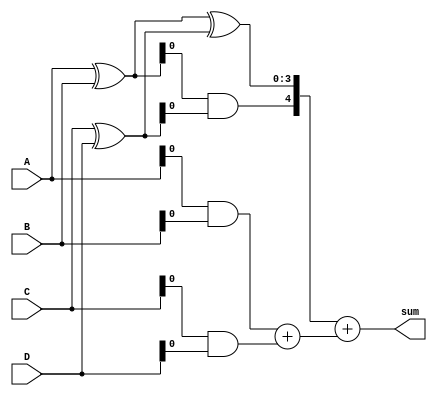
module carry_save_adder_tree (
    input  [3:0] A,  // 4-bit input A
    input  [3:0] B,  // 4-bit input B
    input  [3:0] C,  // 4-bit input C
    input  [3:0] D,  // 4-bit input D
    output [4:0] sum  // 5-bit output sum (to accommodate possible carry)
);

// Carry Save Adder for two 4-bit numbers
function [4:0] carry_save_adder;
    input [3:0] x;
    input [3:0] y;
    reg [3:0] s;
    reg [3:0] c;
    begin
        s = x ^ y; // Sum using XOR
        c = x & y; // Carry using AND
        carry_save_adder = {c, s}; // Return as [carry, sum]
    end
endfunction

// Intermediate wires for the first stage
wire [4:0] cs_sum1;
wire [4:0] cs_sum2;

// First stage: Combine inputs A and B, C and D
assign cs_sum1 = carry_save_adder(A, B);
assign cs_sum2 = carry_save_adder(C, D);

// Second stage: Combine the results from the first stage
wire [4:0] final_sum;
wire [4:0] final_carry;

// Final CSA combining sums and carries from the first stage
assign final_sum = carry_save_adder(cs_sum1[3:0], cs_sum2[3:0]);
assign final_carry = cs_sum1[4] + cs_sum2[4]; // Final carry is the sum of the carry bits

// Final output: Sum of the final result
assign sum = final_sum + final_carry;

endmodule